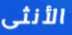
الأنثى